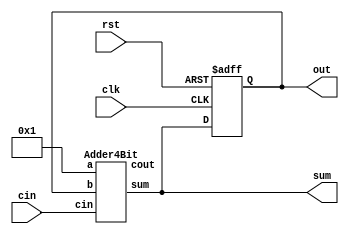
module Lab3_4bit_cntr (

input clk,

input rst,
input cin,

output reg [3:0] out,
output  [3:0] sum
//output reg [3:0] cvalue
);

//initial begin
//assign cin = 4'b0; //Start in reset.
//assign sum = 4'b0; //Then clear the reset signal.
//end


always @( posedge clk or posedge rst) begin //At to rising edge of clock
if (rst) begin //If the reset signal is high
out <= 4'b0; //Clear the output q
end else begin
  out  <= sum;
//cvalue <= sum;  //Set Q1 equal to D
 //Simultaneously set Q2 equal to the old value of Q1
end

end





Adder4Bit theAdder (
   .cin (cin ),
   .a   (4'b1 ),
   .b   (out ),
   .sum (sum),
   .cout(cout)
);



endmodule



/* 4-Bit Full Adder
 * ----------------
 *
 * The module is a simple 4-bit Full Adder which has been
 * built in Verilog using Gate-Level 1-bit full adders.
 *
 */
 
module Adder4Bit (
    // Declare input and output ports
    input        cin,
    input  [3:0] a,
    input  [3:0] b,
    output [3:0] sum,
    output       cout
);

    // Internal carry signal between full adders
    wire [2:0] carry;
    
    // Instantiate full adders for bits 0 to 3
    Adder1Bit bit0 (
        .cin (cin     ),
        .a   (a    [0]),
        .b   (b    [0]),
        .sum (sum  [0]),
        .cout(carry[0])
    );
    
    Adder1Bit bit1 (
        .cin (carry[0]),
        .a   (a    [1]),
        .b   (b    [1]),
        .sum (sum  [1]),
        .cout(carry[1])
    );
    
    Adder1Bit bit2 (
        .cin (carry[1]),
        .a   (a    [2]),
        .b   (b    [2]),
        .sum (sum  [2]),
        .cout(carry[2])
    );
    
    Adder1Bit bit3 (
        .cin (carry[2]),
        .a   (a    [3]),
        .b   (b    [3]),
        .sum (sum  [3]),
        .cout(cout    )
    );

endmodule

/*
 * Gate Level 1-Bit Full Adder
 * ---------------------------
 *
 * This is a basic Full-Adder circuit built in Verilog using
 * built-in primitives. This is a basic example of Gate Level
 * design.
 *
 */
 

module Adder1Bit (
    // Declare input and output ports
    input  a,
    input  b,
    input  cin,
    output cout,
    output sum
);
    // Declare several single-bit wires that we can
    // use to interconnect the gates. You can use
    // any name you like as long as it contains only
    // a-z, A-Z, underscore (_), and 0-9. Names can't
    // start with a digit.
    wire link1,link2,link3;

    // Instantiate gates to calculate sum output
    xor(link1,a,b);
    xor(sum,link1,cin);

    // Instantiate gates to calculate carry (cout) output
    and(link2,a,b);
    and(link3,cin,link1);
    or (cout,link2,link3);

endmodule